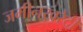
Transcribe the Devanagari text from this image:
जमीनखरेदी